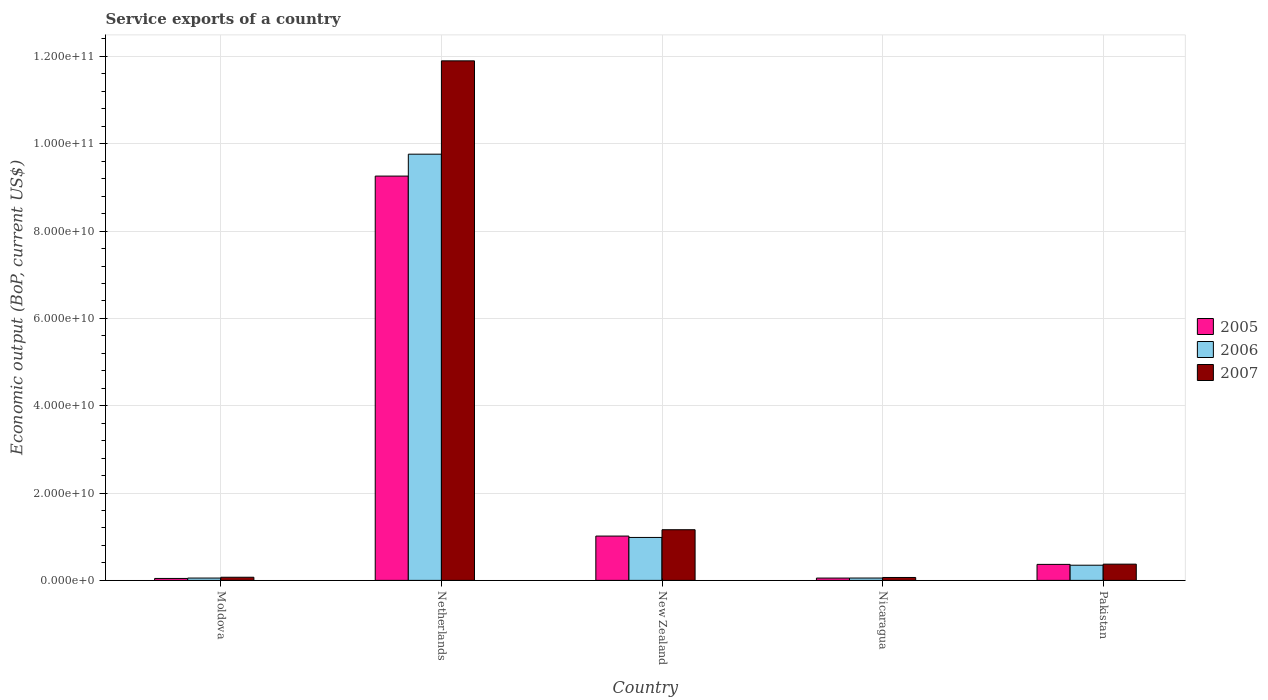
| Country | 2005 | 2006 | 2007 |
 | --- | --- | --- | --- |
 | Moldova | 4.46e+08 | 5.35e+08 | 7.19e+08 |
 | Netherlands | 9.26e+10 | 9.76e+10 | 1.19e+11 |
 | New Zealand | 1.02e+10 | 9.84e+09 | 1.16e+10 |
 | Nicaragua | 5.31e+08 | 5.39e+08 | 6.66e+08 |
 | Pakistan | 3.66e+09 | 3.48e+09 | 3.72e+09 |